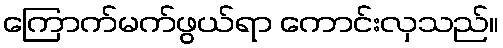
ကြောက်မက်ဖွယ်ရာ ကောင်းလှသည်။